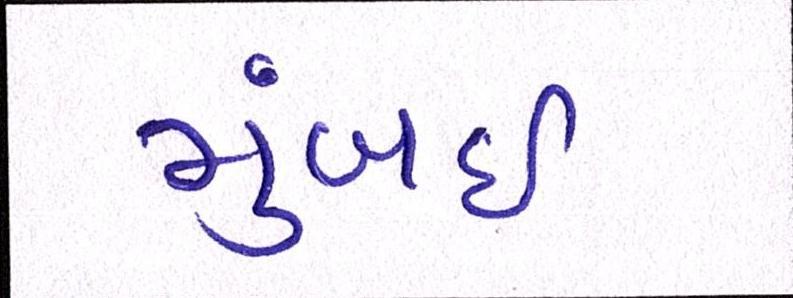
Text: મુંબઈઃ